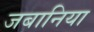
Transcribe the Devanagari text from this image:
जबानिया